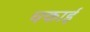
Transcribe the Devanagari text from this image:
चकाई